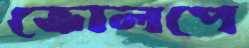
ভোলপে